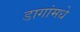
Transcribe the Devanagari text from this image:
डागांमधे